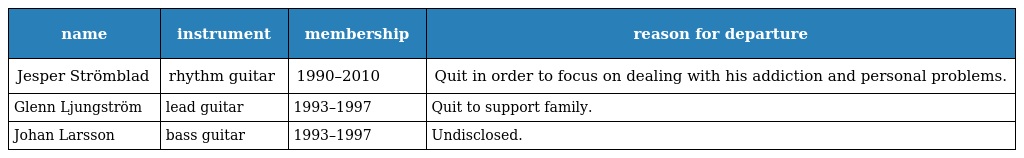
| name | instrument | membership | reason for departure |
 | --- | --- | --- | --- |
 | Jesper Strömblad | rhythm guitar | 1990–2010 | Quit in order to focus on dealing with his addiction and personal problems. |
 | Glenn Ljungström | lead guitar | 1993–1997 | Quit to support family. |
 | Johan Larsson | bass guitar | 1993–1997 | Undisclosed. |